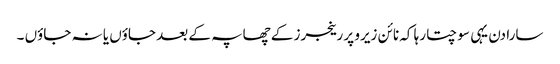
سارا دن یہی سوچتا رہا کہ نائن زیرو پر رینجرز کے چھاپہ کے بعد جاؤں یا نہ جاؤں ۔